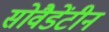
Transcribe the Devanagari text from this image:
सोवैडेंटीन